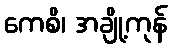
ကေစိ၊ အချို့ကုန်